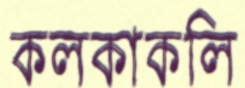
কলকাকলি